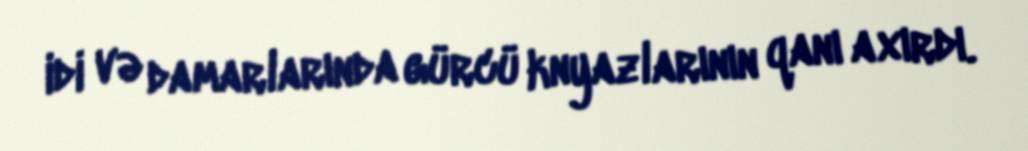
idi və damarlarında gürcü knyazlarının qanı axırdı.